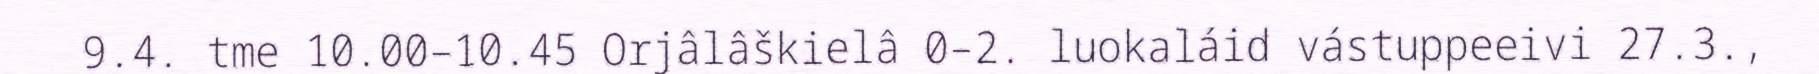
9.4. tme 10.00–10.45 Orjâlâškielâ 0–2. luokaláid vástuppeeivi 27.3.,